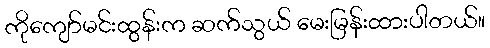
ကိုကျော်မင်းထွန်းက ဆက်သွယ် မေးမြန်းထားပါတယ်။